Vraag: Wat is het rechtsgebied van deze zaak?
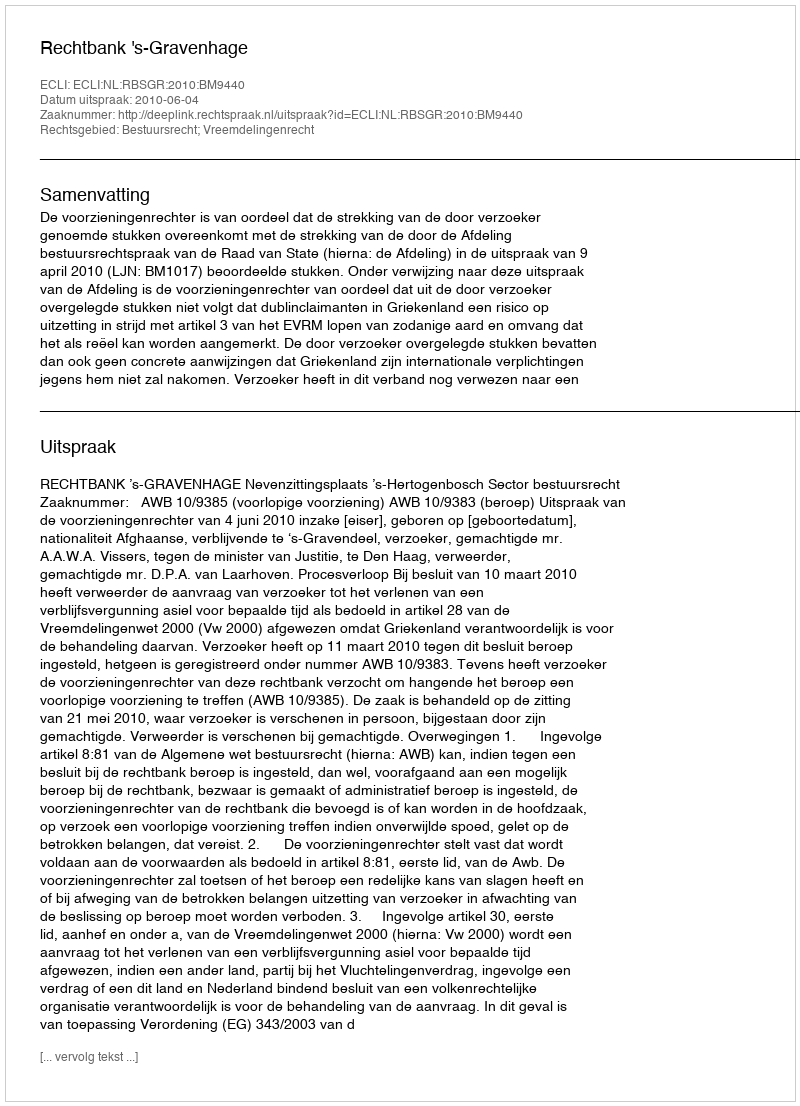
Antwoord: Bestuursrecht; Vreemdelingenrecht